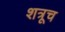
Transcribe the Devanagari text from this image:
शत्रूच